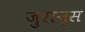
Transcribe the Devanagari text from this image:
जुरान्स